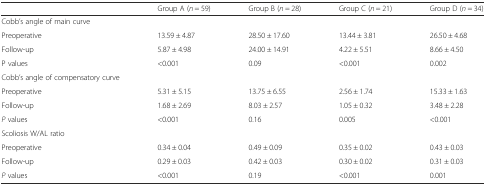
|  | Group A (n = 59) | Group B (n = 28) | Group C (n = 21) | Group D (n = 34) |
 | --- | --- | --- | --- | --- |
 | Cobb’s angle of main curve |  |  |  |  |
 | Preoperative | 13.59 ± 4.87 | 28.50 ± 17.60 | 13.44 ± 3.81 | 26.50 ± 4.68 |
 | Follow-up | 5.87 ± 4.98 | 24.00 ± 14.91 | 4.22 ± 5.51 | 8.66 ± 4.50 |
 | P values | <0.001 | 0.09 | <0.001 | 0.002 |
 | Cobb’s angle of compensatory curve |  |  |  |  |
 | Preoperative | 5.31 ± 5.15 | 13.75 ± 6.55 | 2.56 ± 1.74 | 15.33 ± 1.63 |
 | Follow-up | 1.68 ± 2.69 | 8.03 ± 2.57 | 1.05 ± 0.32 | 3.48 ± 2.28 |
 | P values | <0.001 | 0.16 | 0.005 | <0.001 |
 | Scoliosis W/AL ratio |  |  |  |  |
 | Preoperative | 0.34 ± 0.04 | 0.49 ± 0.09 | 0.35 ± 0.02 | 0.43 ± 0.03 |
 | Follow-up | 0.29 ± 0.03 | 0.42 ± 0.03 | 0.30 ± 0.02 | 0.31 ± 0.03 |
 | P values | <0.001 | 0.19 | <0.001 | 0.001 |